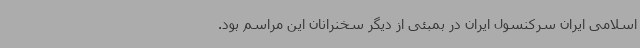
اسلامی ایران سرکنسول ایران در بمبئی از دیگر سخنرانان این مراسم بود.